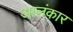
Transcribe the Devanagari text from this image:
आलंकार